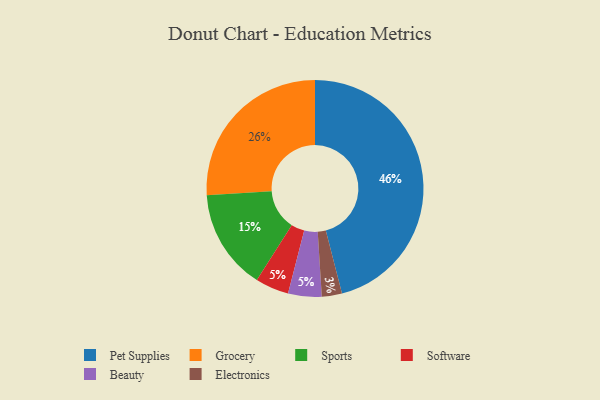
{"axis": {"x": "Category", "y": "Percentage"}, "legend": ["Beauty", "Electronics", "Grocery", "Pet Supplies", "Software", "Sports"], "data": [{"x": "Electronics", "y": 3, "type": "Electronics"}, {"x": "Software", "y": 5, "type": "Software"}, {"x": "Pet Supplies", "y": 46, "type": "Pet Supplies"}, {"x": "Grocery", "y": 26, "type": "Grocery"}, {"x": "Sports", "y": 15, "type": "Sports"}, {"x": "Beauty", "y": 5, "type": "Beauty"}]}